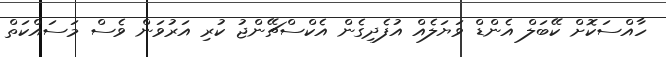
ހާއްސަކޮށް ކޭބަލް އެންޑް ވަޔަލެއް އުފެދިގެން އެކްސްޗޭންޖު ކުރި އަރުވަން ވެސް މަސައްކަތް